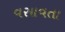
વસાવતા